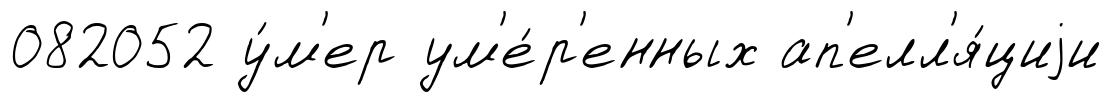
082052 у́м'ер ум'е́р'енных ап'елл'я́циjи